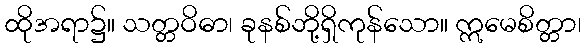
ထိုအရာ၌။ သတ္တဝိဓာ၊ ခုနစ်ဘို့ရှိကုန်သော။ ဣမေစိတ္တာ၊